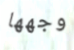
وجهها